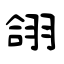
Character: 翖